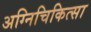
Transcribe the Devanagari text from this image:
अग्निचिकित्सा